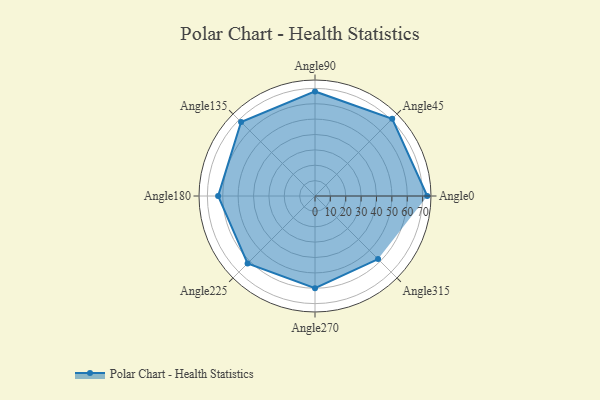
{"axis": {"x": "Angle", "y": "Radius"}, "legend": [""], "data": [{"x": "Angle0", "y": 73.0, "type": ""}, {"x": "Angle45", "y": 71.0, "type": ""}, {"x": "Angle90", "y": 68.0, "type": ""}, {"x": "Angle135", "y": 68.0, "type": ""}, {"x": "Angle180", "y": 63.0, "type": ""}, {"x": "Angle225", "y": 62.0, "type": ""}, {"x": "Angle270", "y": 60.0, "type": ""}, {"x": "Angle315", "y": 58.0, "type": ""}]}